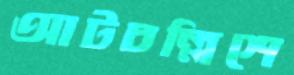
আটচল্লিশে